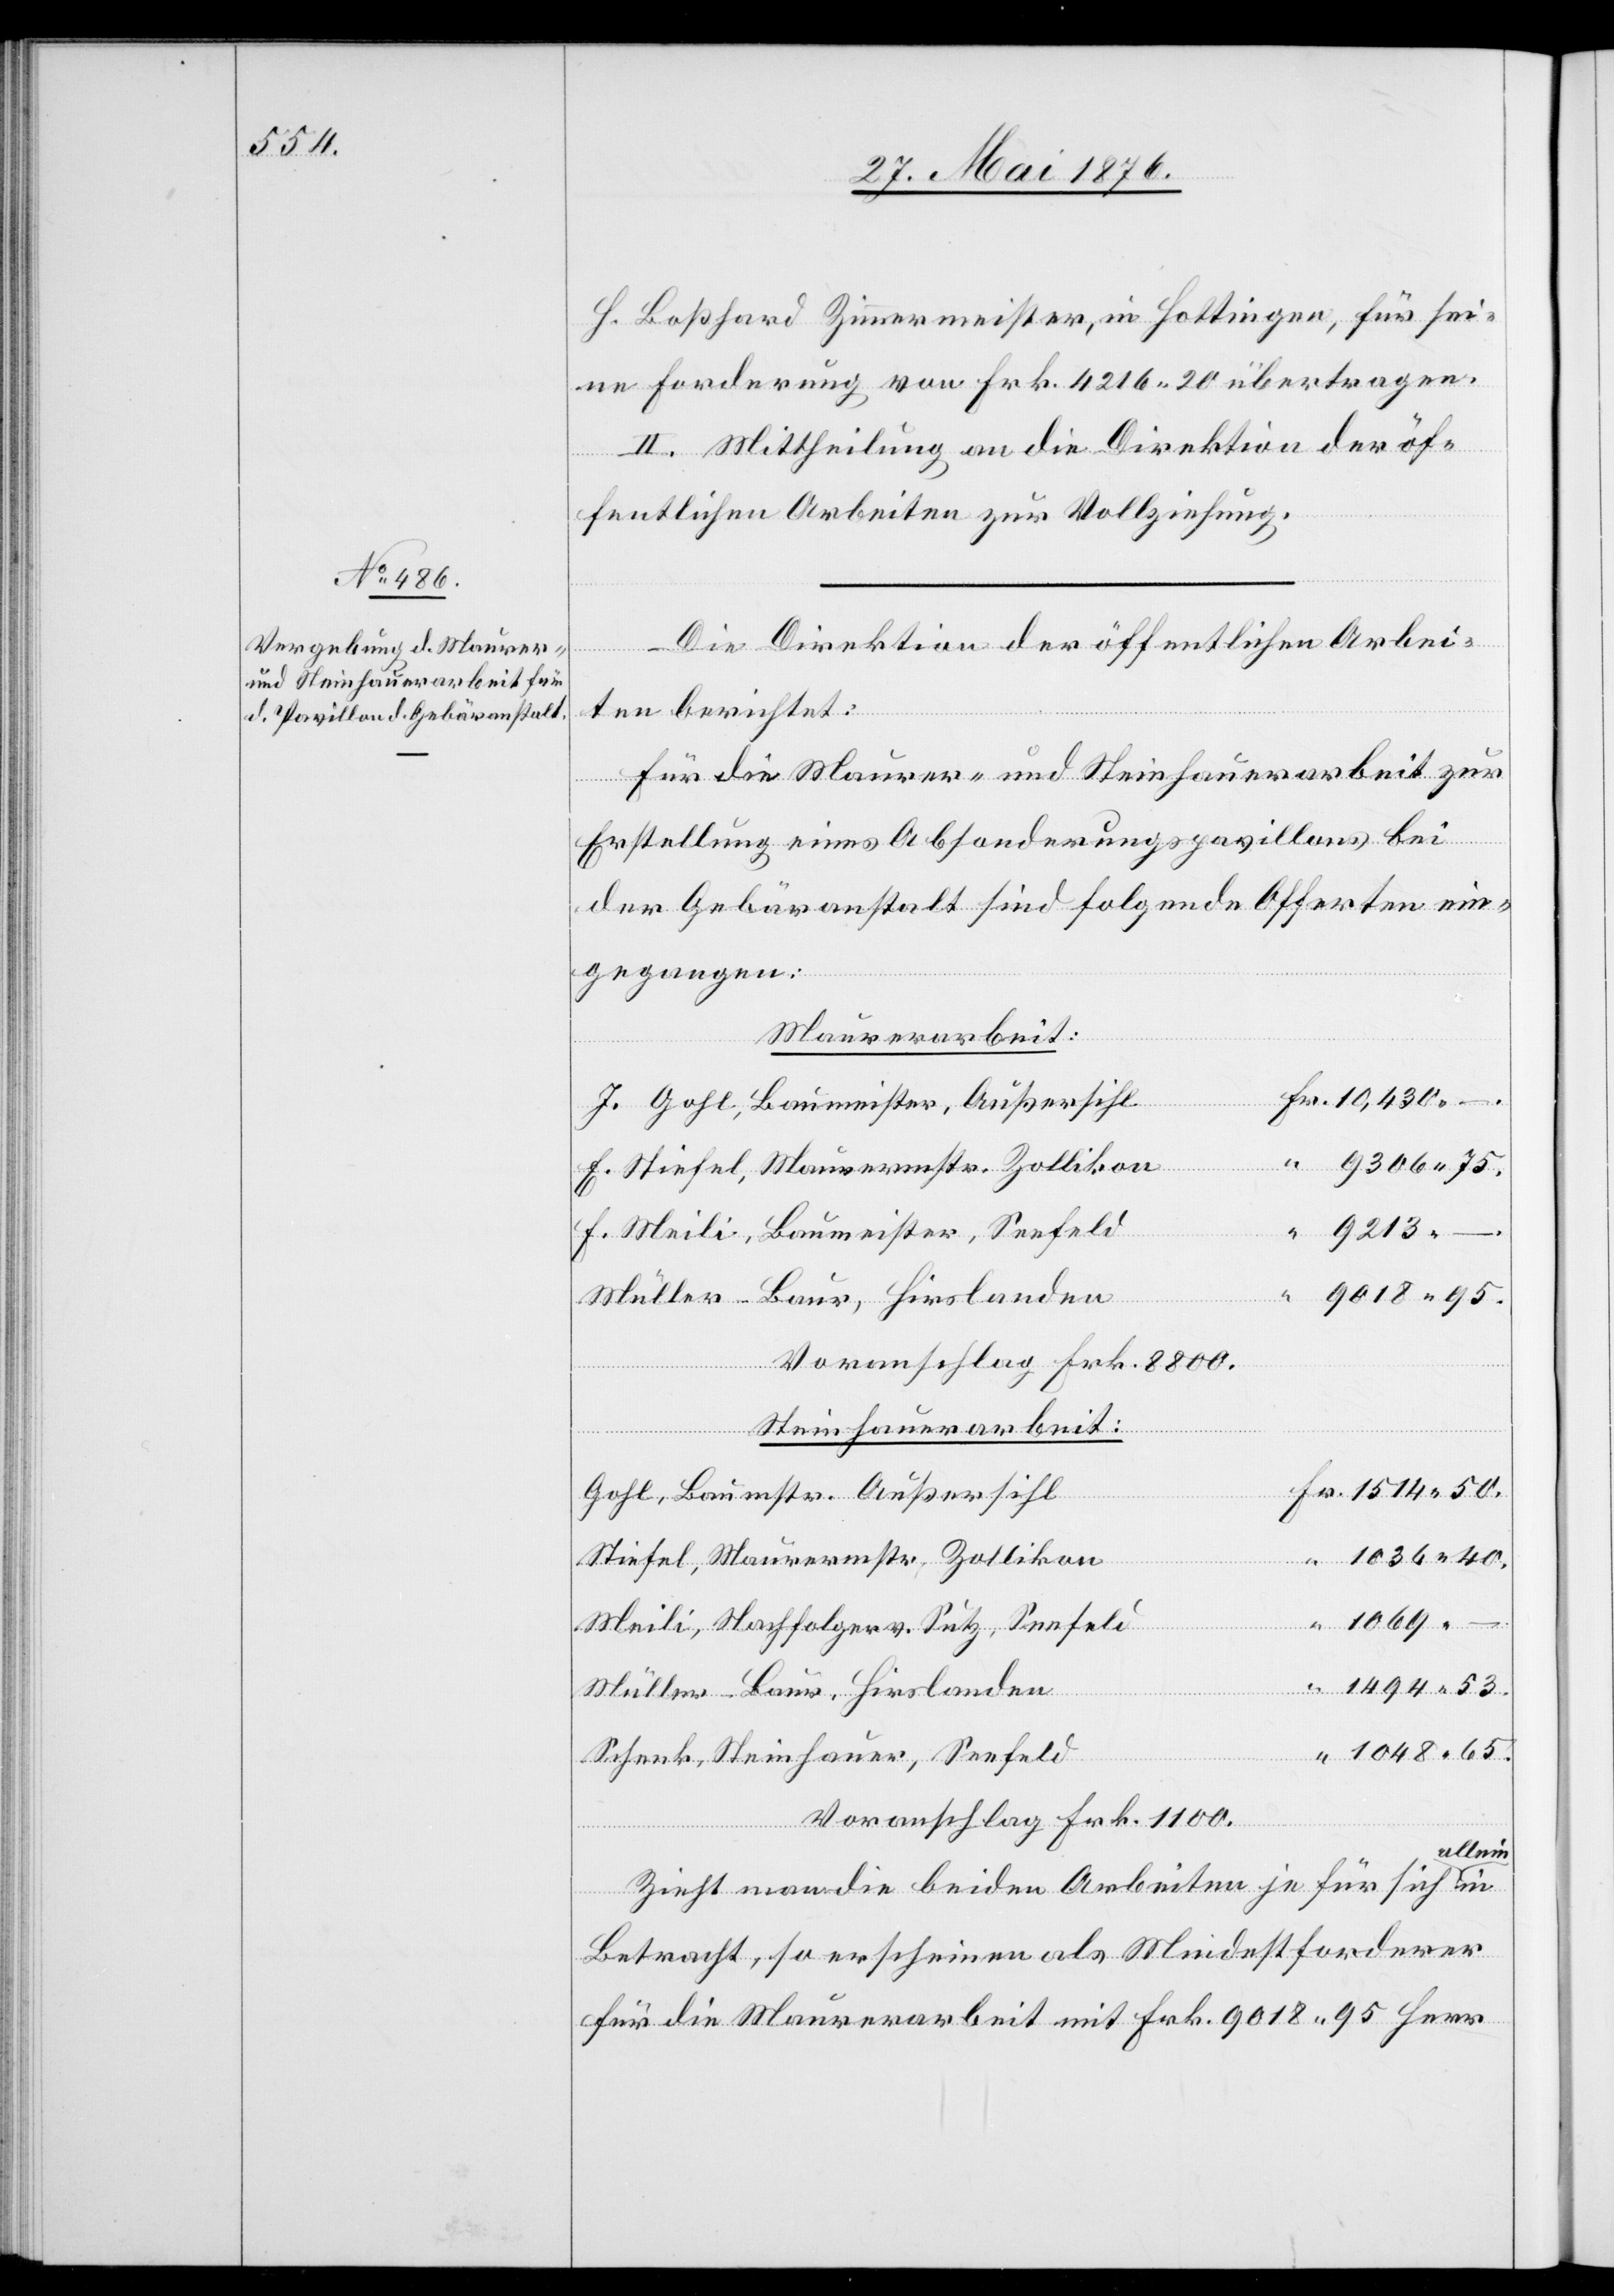
H. Boßhard Zimmermeister, in Hottingen, für sei¬
ne Forderung von Frk. 4216 20 übertragen.
II. Mittheilung an die Direktion der öf¬
fentlichen Arbeiten zur Vollziehung.
Die Direktion der öffentlichen Arbei¬
ten berichtet:
Für die Maurer- und Steinhauerarbeit zur
Erstellung eines Absonderungspavillons bei
der Gebäranstalt sind folgende Offerten ein¬
gegangen:
Maurerarbeit:
J. Gohl, Baumeister, Außersihl
E. Stiefel, Mauerermstr. Zollikon
9213
F. Meili, Baumeister, Seefeld
“
Voranschlag Frk. 8800.
Steinhauerarbeit:
in
Gohl, Baumstr. Außersihl
Stiefel, Maurermstr. Zollikon
Meili, Nachfolger v. Sutz, Seefeld
Müller-Baur, Hirslanden
“
Schenk, Steinhauer, Seefeld
Voranschlag Frk. 1100.
allein
Zieht man die beiden Arbeiten je für sich
Betracht, so erscheinen als Mindestforderer
für die Maurerarbeit mit Frk. 9018 95 Herr